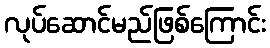
လုပ်ဆောင်မည်ဖြစ်ကြောင်း